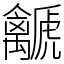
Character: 𧈛